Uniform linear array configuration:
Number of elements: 12
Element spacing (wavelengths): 0.75
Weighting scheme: hamming
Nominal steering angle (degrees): -45
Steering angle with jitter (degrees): -46.857
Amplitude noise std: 0.05
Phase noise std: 0.05

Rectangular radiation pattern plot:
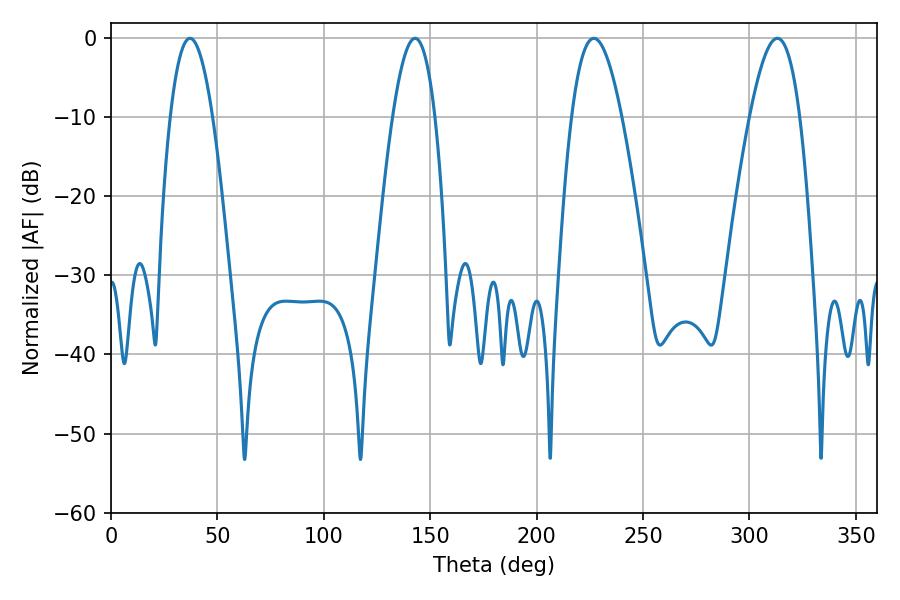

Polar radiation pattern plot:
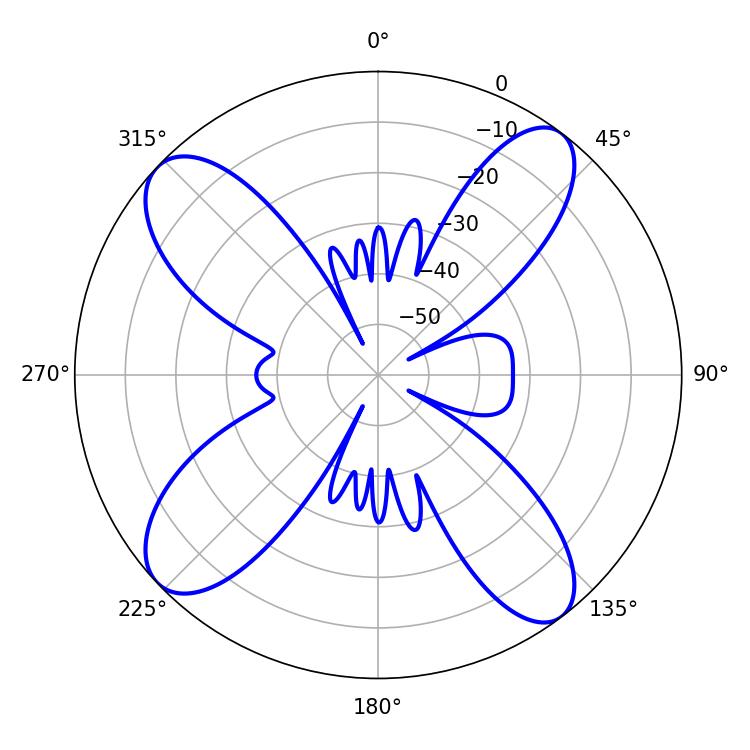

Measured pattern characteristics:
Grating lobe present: TRUE
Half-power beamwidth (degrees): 10.98
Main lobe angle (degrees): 37.08